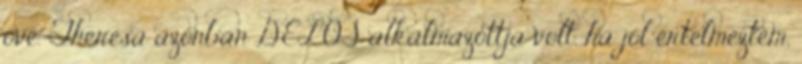
ővé. Theresa azonban DELOS alkalmazottja volt, ha jól értelmeztem,